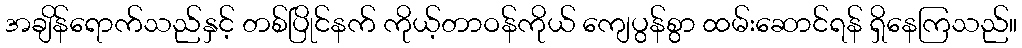
အချိန်ရောက်သည်နှင့် တစ်ပြိုင်နက် ကိုယ့်တာဝန်ကိုယ် ကျေပွန်စွာ ထမ်းဆောင်ရန် ရှိနေကြသည်။